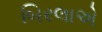
બિરલાએ